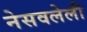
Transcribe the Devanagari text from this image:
नेसवलेली